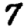
Digit: 7